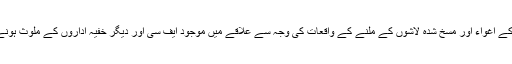
بلوچستان میں مختلف افراد کے اغواء اور مسخ شدہ لاشوں کے ملنے کے واقعات کی وجہ سے علاقے میں موجود ایف سی اور دیگر خفیہ اداروں کے ملوث ہونے کا الزام عائد کیا جاتا ہے۔